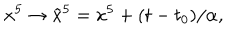
x ^ { 5 } \to \tilde { x } ^ { 5 } = x ^ { 5 } + ( t - t _ { 0 } ) / \alpha ,